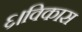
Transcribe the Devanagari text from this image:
६।विकास